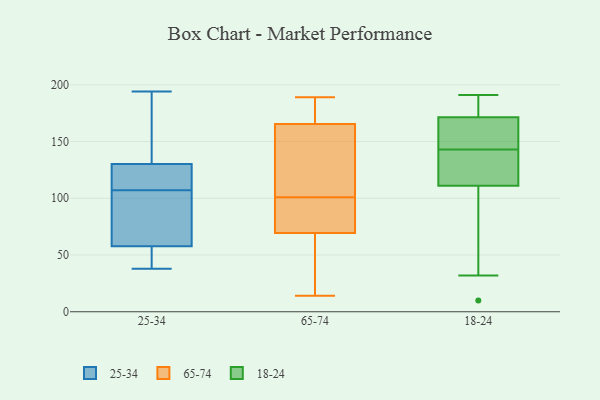
{"axis": {"x": "Shipments", "y": "Value"}, "legend": ["18-24", "25-34", "65-74"], "data": [{"x": "", "y": 57, "type": "25-34"}, {"x": "", "y": 138, "type": "25-34"}, {"x": "", "y": 128, "type": "25-34"}, {"x": "", "y": 146, "type": "25-34"}, {"x": "", "y": 51, "type": "25-34"}, {"x": "", "y": 38, "type": "25-34"}, {"x": "", "y": 45, "type": "25-34"}, {"x": "", "y": 194, "type": "25-34"}, {"x": "", "y": 107, "type": "25-34"}, {"x": "", "y": 131, "type": "25-34"}, {"x": "", "y": 64, "type": "25-34"}, {"x": "", "y": 109, "type": "25-34"}, {"x": "", "y": 103, "type": "25-34"}, {"x": "", "y": 60, "type": "25-34"}, {"x": "", "y": 119, "type": "25-34"}, {"x": "", "y": 49, "type": "65-74"}, {"x": "", "y": 69, "type": "65-74"}, {"x": "", "y": 104, "type": "65-74"}, {"x": "", "y": 70, "type": "65-74"}, {"x": "", "y": 189, "type": "65-74"}, {"x": "", "y": 161, "type": "65-74"}, {"x": "", "y": 98, "type": "65-74"}, {"x": "", "y": 170, "type": "65-74"}, {"x": "", "y": 147, "type": "65-74"}, {"x": "", "y": 81, "type": "65-74"}, {"x": "", "y": 178, "type": "65-74"}, {"x": "", "y": 150, "type": "65-74"}, {"x": "", "y": 43, "type": "65-74"}, {"x": "", "y": 178, "type": "65-74"}, {"x": "", "y": 79, "type": "65-74"}, {"x": "", "y": 49, "type": "65-74"}, {"x": "", "y": 179, "type": "65-74"}, {"x": "", "y": 14, "type": "65-74"}, {"x": "", "y": 74, "type": "65-74"}, {"x": "", "y": 109, "type": "65-74"}, {"x": "", "y": 169, "type": "18-24"}, {"x": "", "y": 179, "type": "18-24"}, {"x": "", "y": 46, "type": "18-24"}, {"x": "", "y": 170, "type": "18-24"}, {"x": "", "y": 113, "type": "18-24"}, {"x": "", "y": 164, "type": "18-24"}, {"x": "", "y": 142, "type": "18-24"}, {"x": "", "y": 179, "type": "18-24"}, {"x": "", "y": 144, "type": "18-24"}, {"x": "", "y": 141, "type": "18-24"}, {"x": "", "y": 32, "type": "18-24"}, {"x": "", "y": 173, "type": "18-24"}, {"x": "", "y": 137, "type": "18-24"}, {"x": "", "y": 191, "type": "18-24"}, {"x": "", "y": 109, "type": "18-24"}, {"x": "", "y": 10, "type": "18-24"}]}